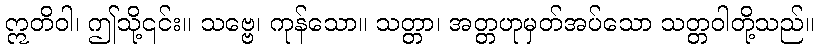
ဣတိဝါ၊ ဤသို့၎င်း။ သဗ္ဗေ၊ ကုန်သော။ သတ္တာ၊ အတ္တဟုမှတ်အပ်သော သတ္တဝါတို့သည်။